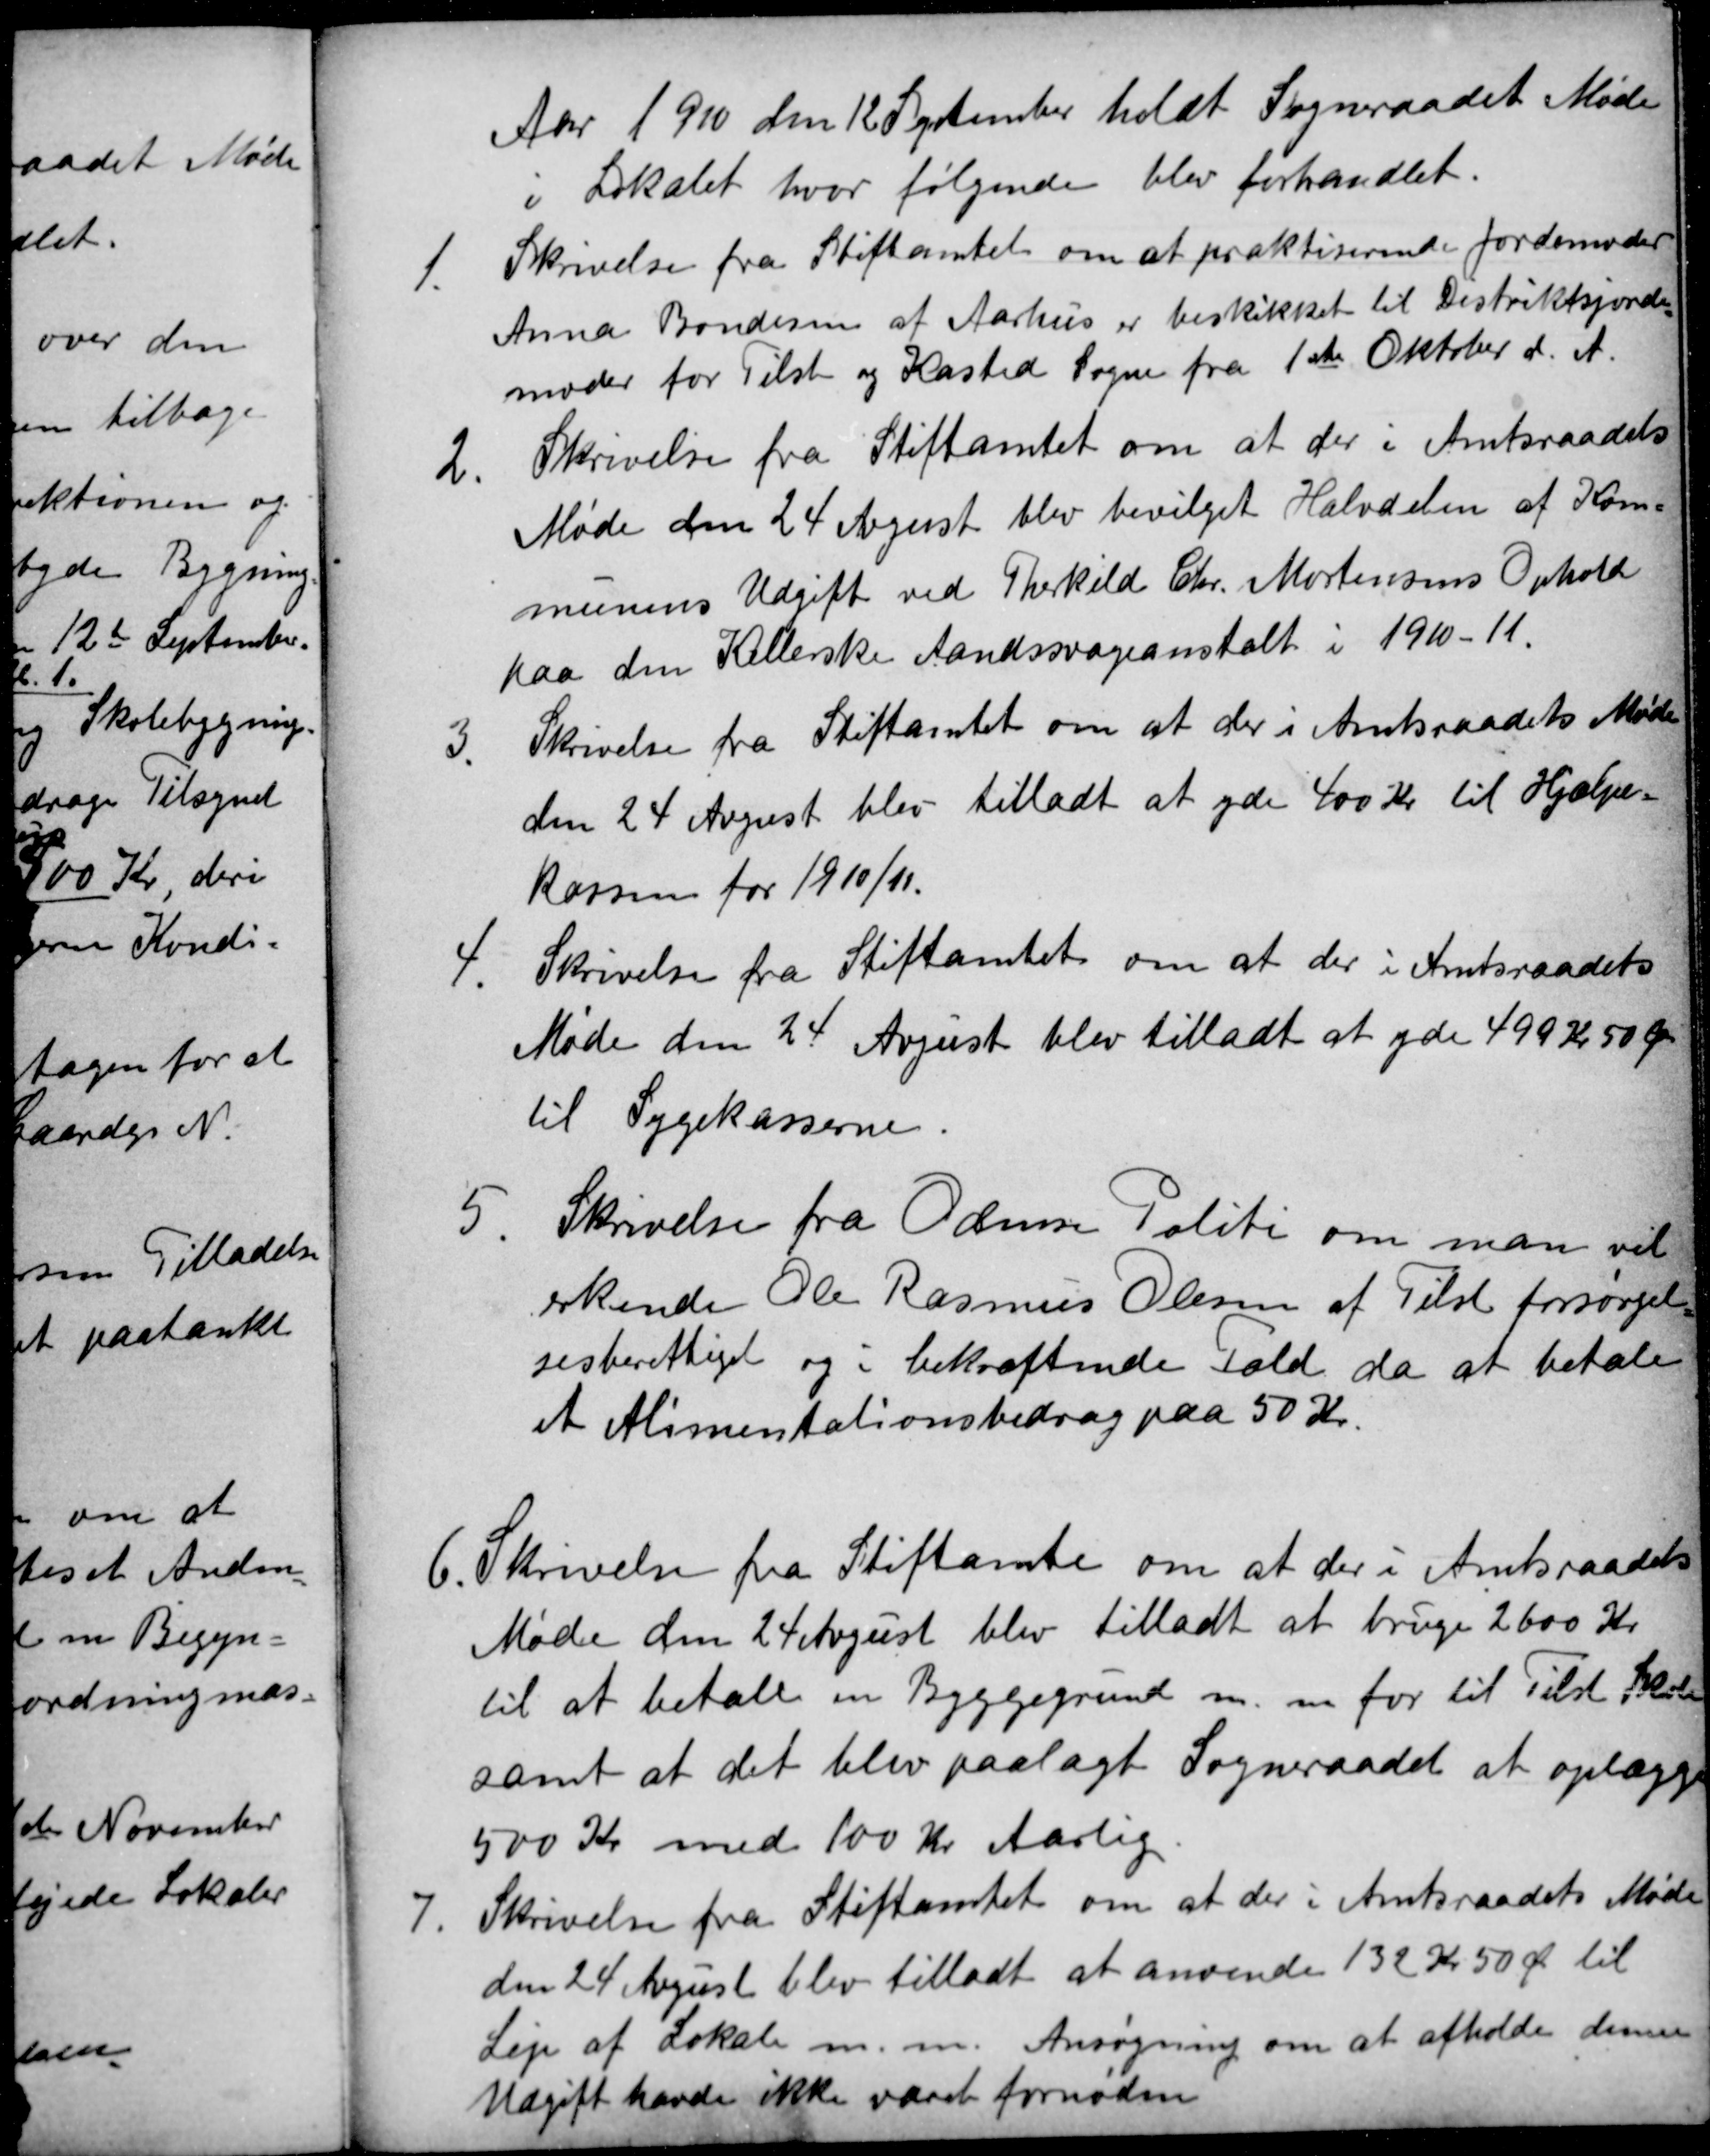
Transskription:
Aar 1910 den 12 September holdt Sogneraadet Møde
i Lokalet, hvor følgende blev forhandlet.
1.
Skrivelse fra Stiftamtet om at praktiserende Jordemoder
Anna Bondesen af Aarhus er beskikket til Distriktsjorde
moder for Tilst og Kasted Sogne fra 1ste Oktober d. A.
2
Skrivelse fra Stiftamtet om at der i Amtsraadets
Møde den 24 August blev bevilget Halvdelen af Kom=
munens Udgift ved Therkild Chr. Mortensens Ophold
paa den Kellerske Aandssvageanstalt i 1910/11.
3.
Skrivelse fra Stiftamtet om at der i Amtsraadets Møde
den 24 August blev tilladt at yde 400 Kr til Hjælpe-
kassen for 1910/11.
4.
Skrivelse fra Stiftamtet om at der i Amtsraadets
Møde den 24 August blev tilladt at yde 499 Kr 50 Øre
til Sygekasserne.
5.
Skrivelse fra Odense Politi om man vil
erkende Ole Rasmus Olesen af Tilst forsørgel=
sesberettiget og i bekræftende Fald, da at betale
et Alimentationsbidrag paa 50 Kr.
6. Skrivelse fra Stiftamte om at der i Amtsraadets
Møde den 24 August blev tilladt at bruge 2600 Kr
til at betale en Byggegrund m. m. for til Tilst Skole
samt at det blev paalagt Sogneraadet at oplægge
500 Kr med 100 Kr Aarlig
7.
Skrivelse fra Stiftamtet om at der i Amtsraadets Møde
den 24 August blev tilladt at anvende 132 Kr 50 Øre til
Leje af Lokale m. m. Ansøgning om at afholde denne
Udgift havde ikke været fornøden